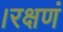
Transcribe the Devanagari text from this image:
।रक्षणं